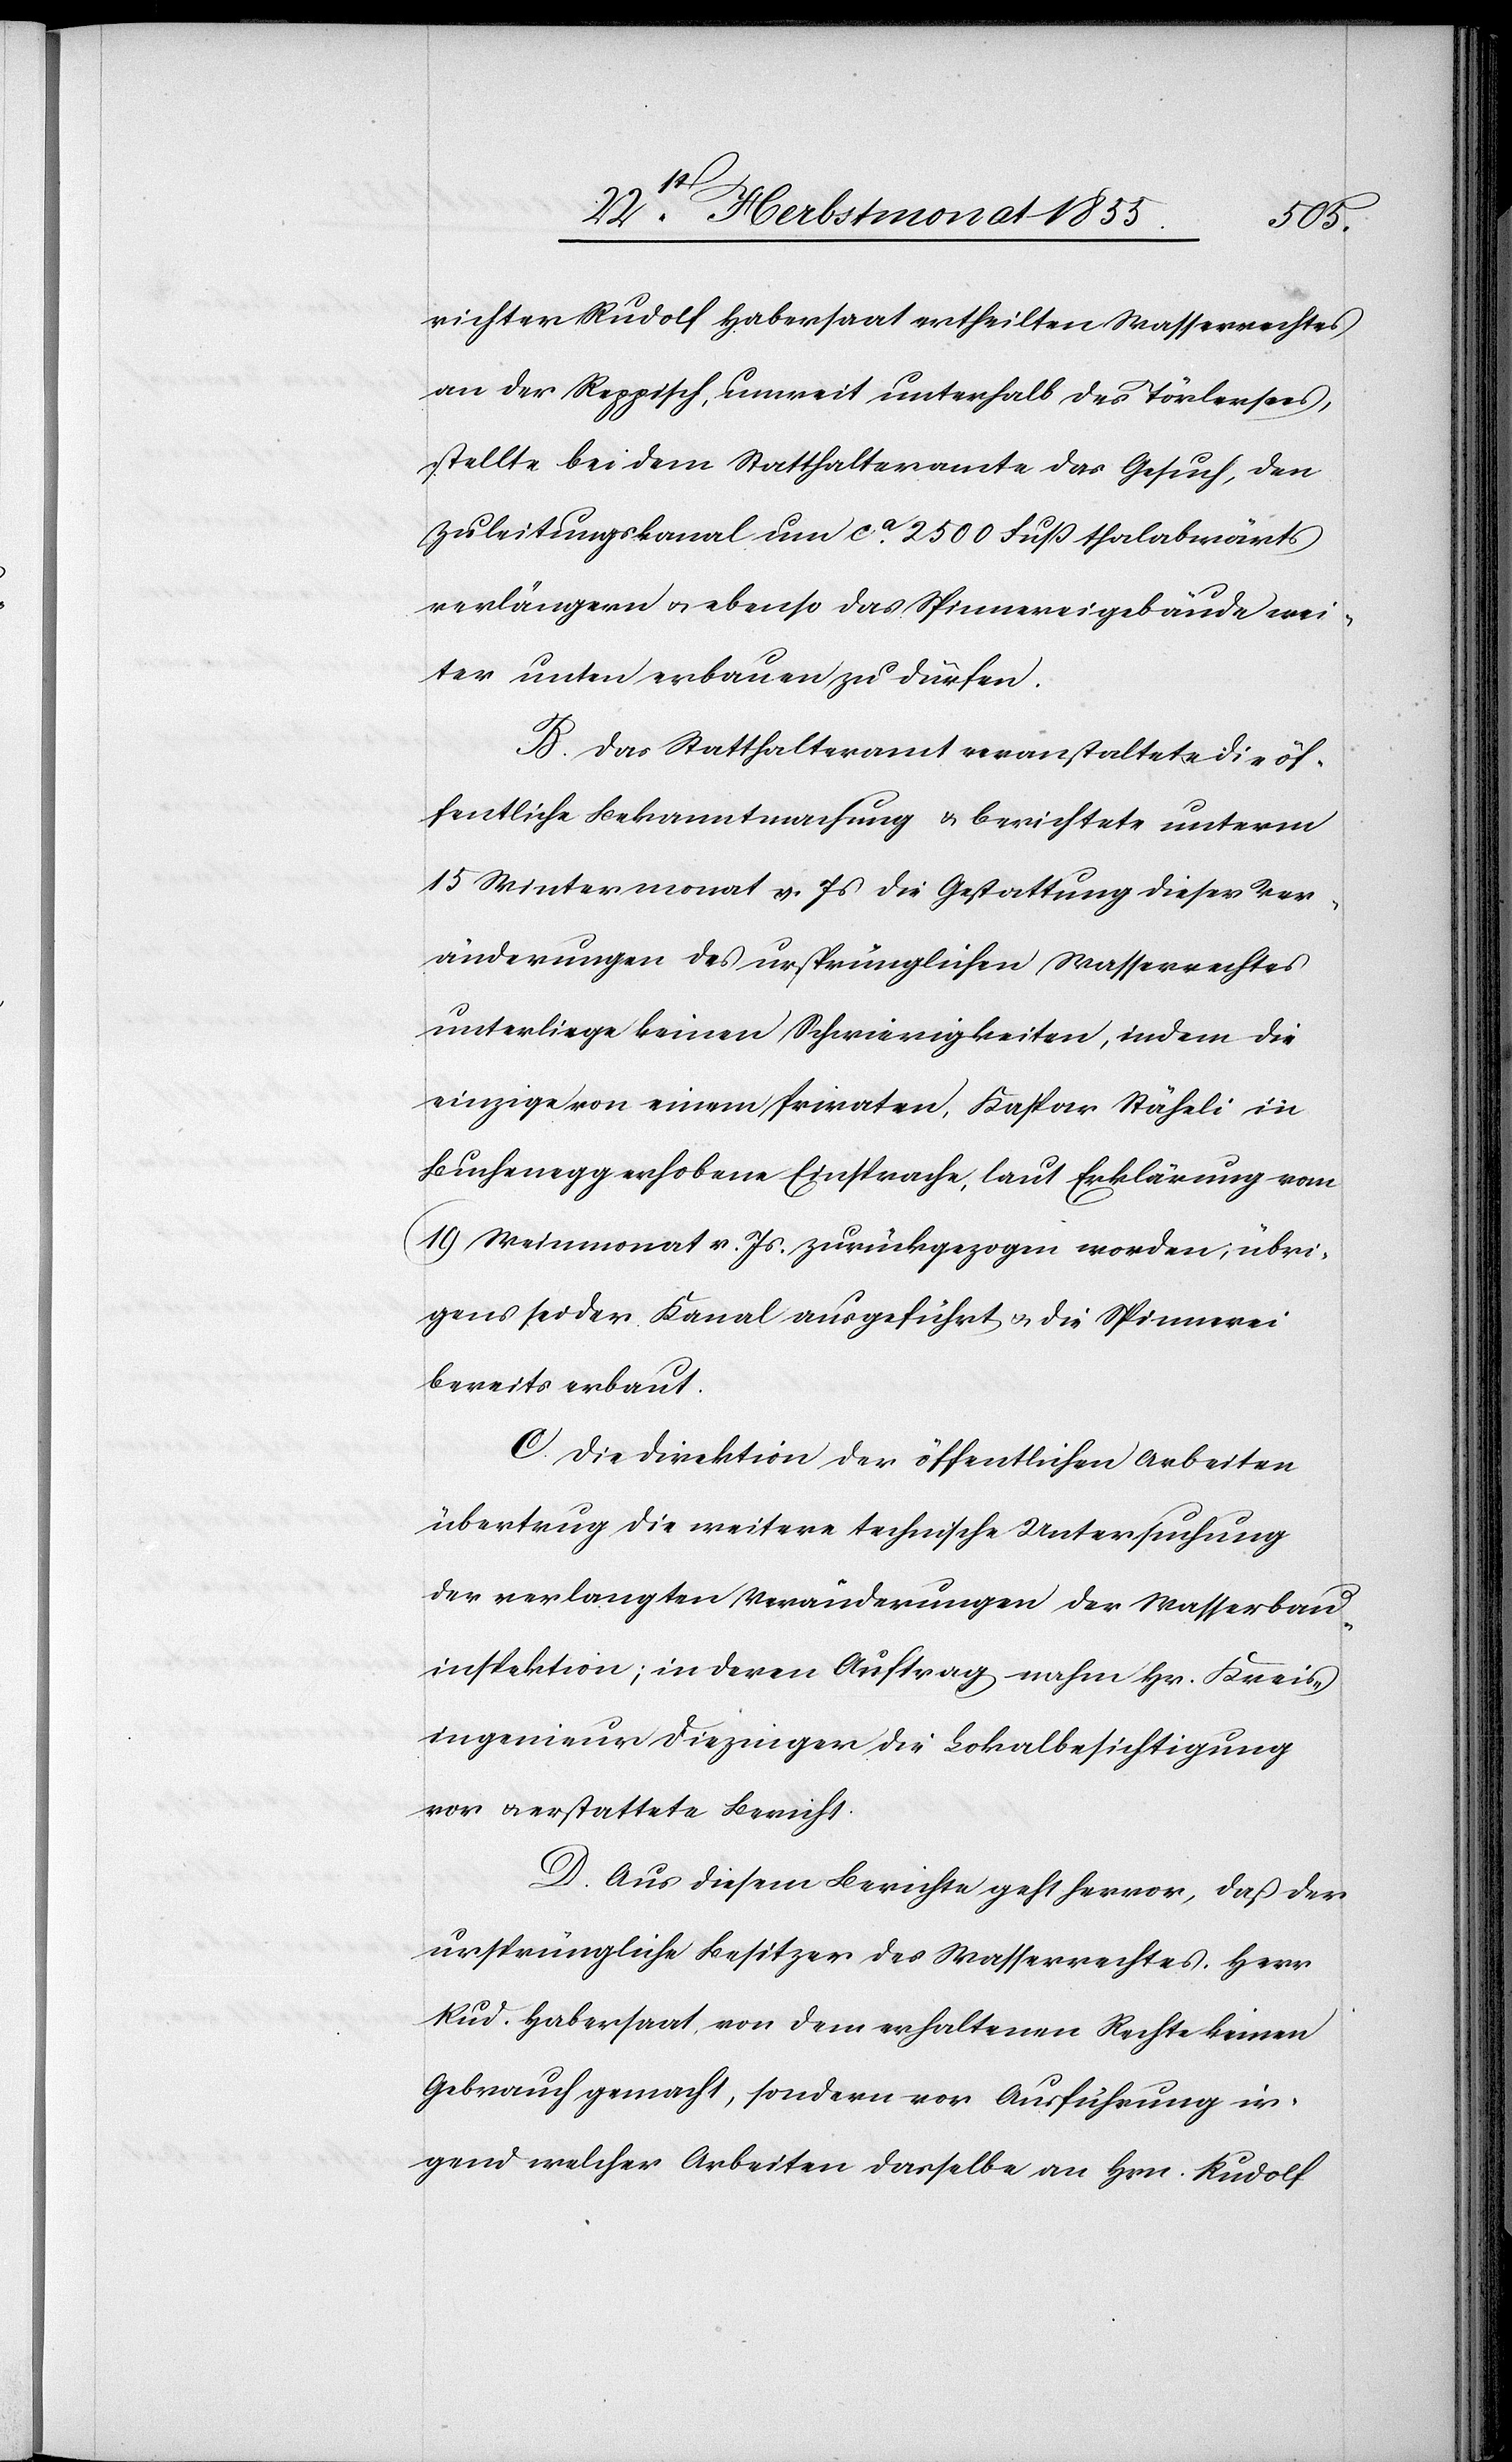
richter Rudolf Habersaat ertheilten Wasserrechtes
an der Reppisch, unweit unterhalb des Törlersees,
stellte bei dem Statthalteramte das Gesuch, den
Zuleitungskanal um ca. 2500 Fuß thalabwärts
verlängern & ebenso das Spinnereigebäude wei¬
ter unten erbauen zu dürfen.
B. Das Statthalteramt veranstaltete die öf¬
fentliche Bekanntmachung & berichtete unterm
15 Wintermonat v. Js die Gestattung dieser Ver¬
änderungen des ursprünglichen Wasserrechtes
unterliege keinen Schwierigkeiten, indem die
einzige von einem Privaten, Kaspar Stäheli in
Buchenegg erhobene Einsprache, laut Erklärung vom
19 Weinmonat v. Js. zurückgezogen worden; übri¬
gens sei der Kanal ausgeführt & die Spinnerei
bereits erbaut.
C. Die Direktion der öffentlichen Arbeiten
übertrug die weitere technische Untersuchung
der verlangten Veränderungen der Wasserbau¬
inspektion; in deren Auftrag nahm Hr. Kreis¬
ingenieur Diezinger die Lokalbesichtigung
vor & erstattete Bericht.
D. Aus diesem Berichte geht hervor, daß der
ursprüngliche Besitzer des Wasserrechtes, Herr
Rud. Habersaat, von dem erhaltenen Rechte keinen
Gebrauch gemacht, sondern vor Ausführung ir¬
gend welcher Arbeiten dasselbe an Hrn. Rudolf